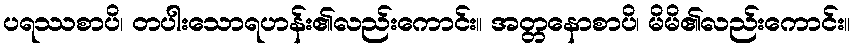
ပရဿစာပိ၊ တပါးသောရဟန်း၏လည်းကောင်း။ အတ္တနောစာပိ၊ မိမိ၏လည်းကောင်း။